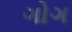
ગોગ